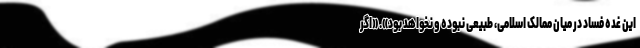
این غده فساد در میان ممالک اسلامی، طبیعی نبوده و نخواهد بود». «اگر